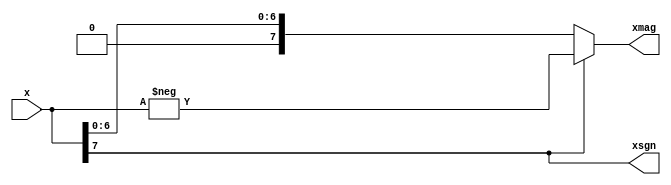
module abs(x, xmag, xsgn);
parameter data_w = 8;

input [data_w-1:0] x;
output [data_w-1:0] xmag;
output xsgn;

assign xsgn = x[data_w-1];
assign xmag = (x[data_w-1]==1)?-x:x;

endmodule